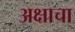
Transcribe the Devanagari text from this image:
अक्षाचा